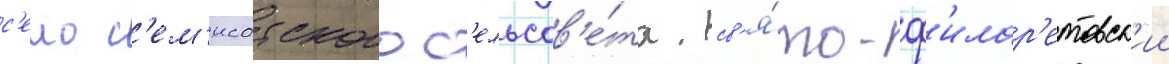
с'ело с'ем'исотского с'ельсов'е́та. св'я́то-ф'илар'етовск'ии